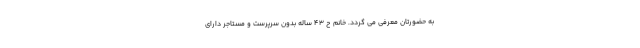
به حضورتان معرفی می گردد. خانم ح ۴۳ ساله بدون سرپرست و مستاجر دارای